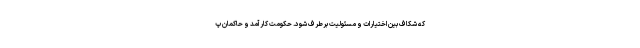
که شکاف بین اختیارات و مسئولیت برطرف شود. حکومت کارآمد و حاکمان پ